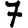
Digit: 7